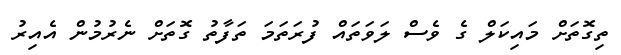
ތިގޮތަށް މައިކަލް ގެ ވެސް ލަވަތައް ފުރަތަމަ ތަފާތު ގޮތަށް ނެރުމުން އެއިރު